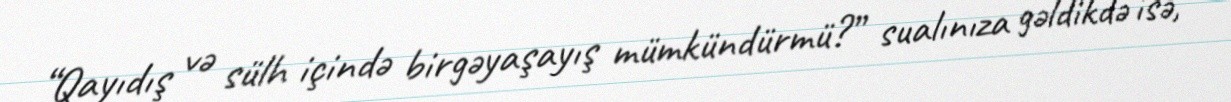
“Qayıdış və sülh içində birgəyaşayış mümkündürmü?” sualınıza gəldikdə isə,